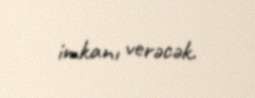
imkanı verəcək.